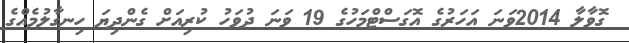
ގޮވާލާ 2014ވަނަ އަހަރުގެ އޮގަސްޓްމަހުގެ 19 ވަނަ ދުވަހު ކުރިއަށް ގެންދިޔަ ހިނގާލުމެއްގެ